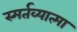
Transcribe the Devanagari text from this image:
स्मर्तव्यात्मा